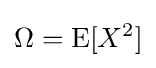
\Omega =\operatorname {E} [X^{2}]